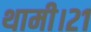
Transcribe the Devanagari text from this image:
थामी।२१